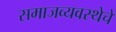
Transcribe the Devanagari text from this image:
समाजव्‍यवस्‍थेचे